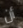
أن